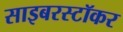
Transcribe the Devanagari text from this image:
साइबरस्टॉकर